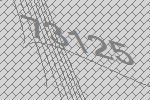
73125